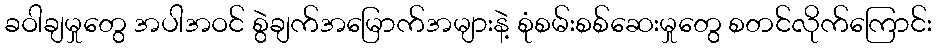
ခဝါချမှုတွေ အပါအဝင် စွဲချက်အမြောက်အများနဲ့ စုံစမ်းစစ်ဆေးမှုတွေ စတင်လိုက်ကြောင်း